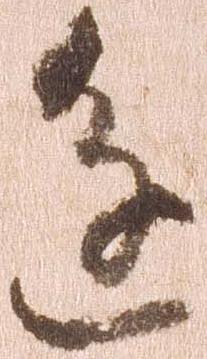
進